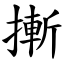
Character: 摲